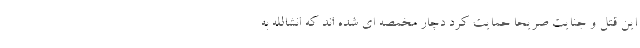
این قتل و جنایت صریحا حمایت کرد دچار مخمصه ای شده اند که انشالله به